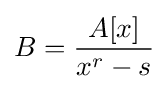
B={\frac {A[x]}{x^{r}-s}}